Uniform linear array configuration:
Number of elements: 24
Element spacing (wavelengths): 1
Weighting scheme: blackman
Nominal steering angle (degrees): -30
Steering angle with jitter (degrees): -30.04
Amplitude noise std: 0.05
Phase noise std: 0.05

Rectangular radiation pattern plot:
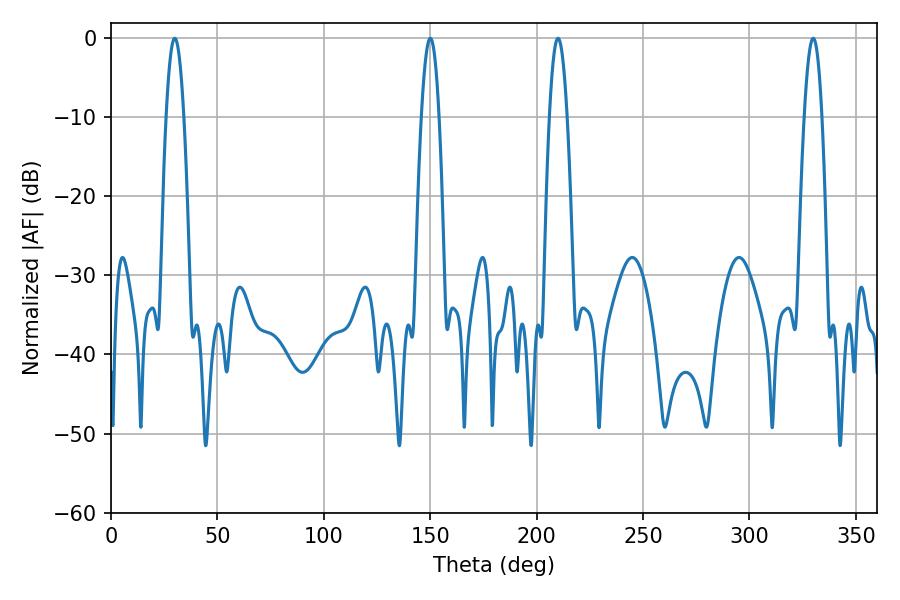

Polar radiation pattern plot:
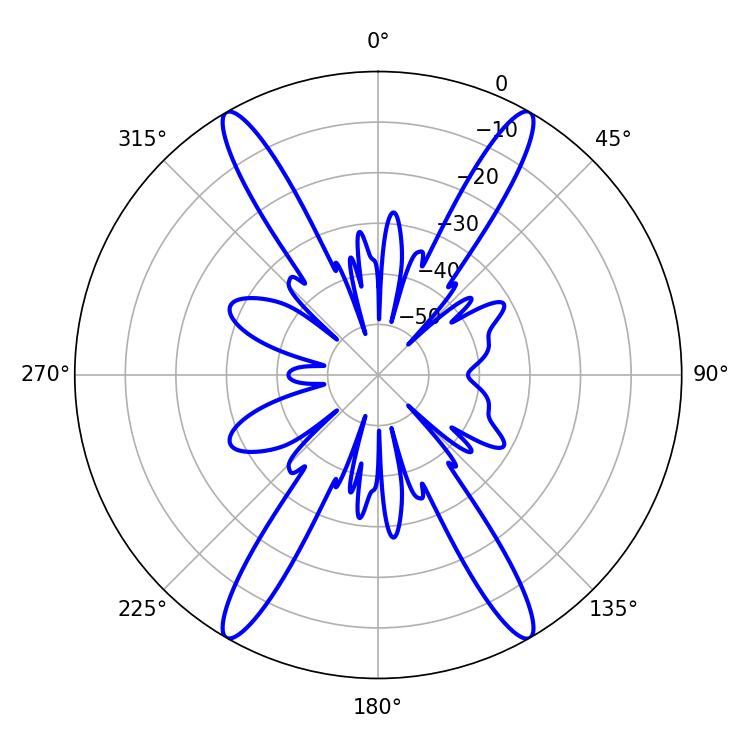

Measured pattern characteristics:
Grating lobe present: TRUE
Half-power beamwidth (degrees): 4.68
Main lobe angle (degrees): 210.06